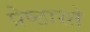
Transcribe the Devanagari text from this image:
प्रेष्ठास्ते